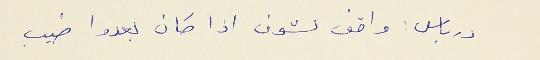
درباس : واقف لشوف اذا كان بعدوا طيب